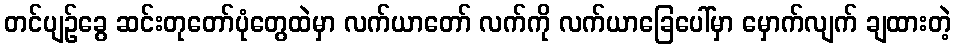
တင်ပျဉ်ခွေ ဆင်းတုတော်ပုံတွေထဲမှာ လက်ယာတော် လက်ကို လက်ယာခြေပေါ်မှာ မှောက်လျက် ချထားတဲ့